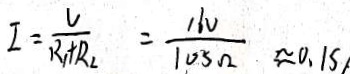
I = \frac { U } { R _ { 1 } + R _ { 2 } } = \frac { 1 6 V } { 1 0 5 \Omega } \approx 0 . 1 5